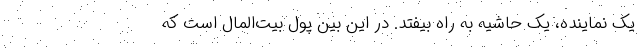
یک نماینده، یک حاشیه به راه بیفتد. در این بین پول بیت‌المال است که